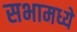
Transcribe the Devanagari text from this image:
सभामध्ये